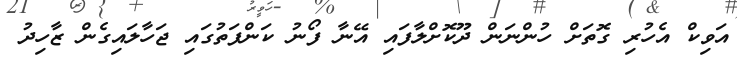
އަވިކް އެހުރި ގޮތަށް ހުންނަން ދޫކޮށްލާފައި އޭނާ ފޯނު ކަންފަތުގައި ޖަހާލައިގެން ޒާހިދު